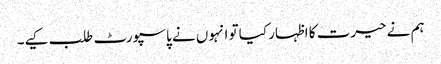
ہم نے حیرت کا اظہار کیا تو انہوں نے پاسپورٹ طلب کیے۔